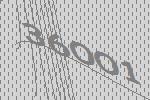
36001